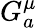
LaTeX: G_{a}^{\mu}